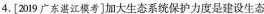
4.[2019广东湛江模考]加大生态系统保护力度是建设生态